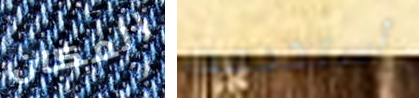
المكان أستخدمت